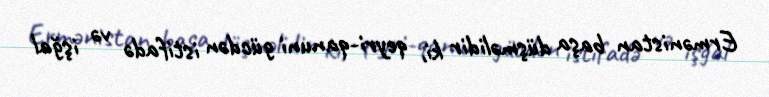
Ermənistan başa düşməlidir ki, qeyri-qanuni gücdən istifadə və işğal